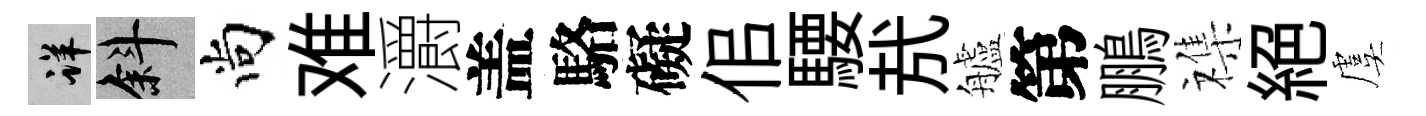
详斜尚难灂盖駱礙佀騕㢤艫第鵬襍絕虞